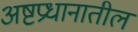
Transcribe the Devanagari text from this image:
अष्टप्रधानातील